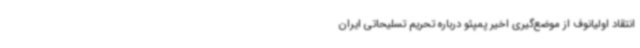
انتقاد اولیانوف از موضع‌گیری اخیر پمپئو درباره تحریم تسلیحاتی ایران